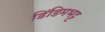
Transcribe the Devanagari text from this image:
डिंडिमभट्ट